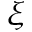
\xi